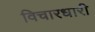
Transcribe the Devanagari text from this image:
विचारधारी